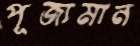
পূজ্যমান